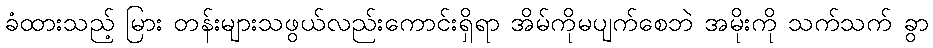
ခံထားသည့် မြား တန်းများသဖွယ်လည်းကောင်းရှိရာ အိမ်ကိုမပျက်စေဘဲ အမိုးကို သက်သက် ခွာ